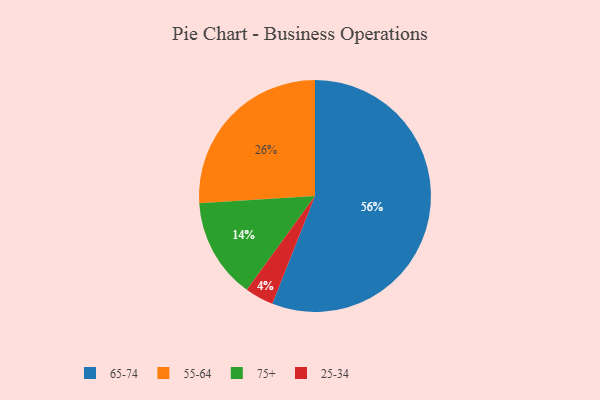
{"axis": {"x": "Category", "y": "Percentage"}, "legend": ["25-34", "55-64", "65-74", "75+"], "data": [{"x": "55-64", "y": 26, "type": "55-64"}, {"x": "75+", "y": 14, "type": "75+"}, {"x": "65-74", "y": 56, "type": "65-74"}, {"x": "25-34", "y": 4, "type": "25-34"}]}